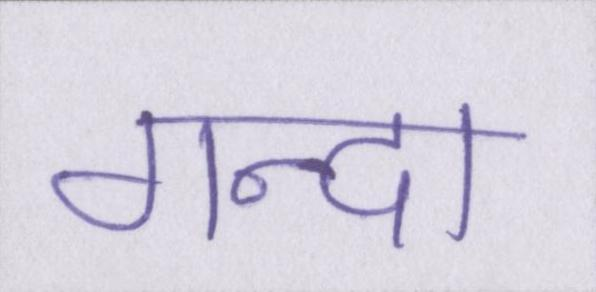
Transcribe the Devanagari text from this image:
गन्दा